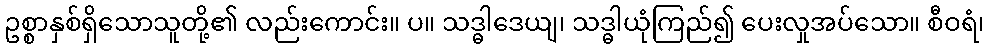
ဥစ္စာနှစ်ရှိသောသူတို့၏ လည်းကောင်း။ ပ။ သဒ္ဓါဒေယျ၊ သဒ္ဓါယုံကြည်၍ ပေးလှုအပ်သော။ စီဝရံ၊